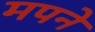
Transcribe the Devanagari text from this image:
मपने